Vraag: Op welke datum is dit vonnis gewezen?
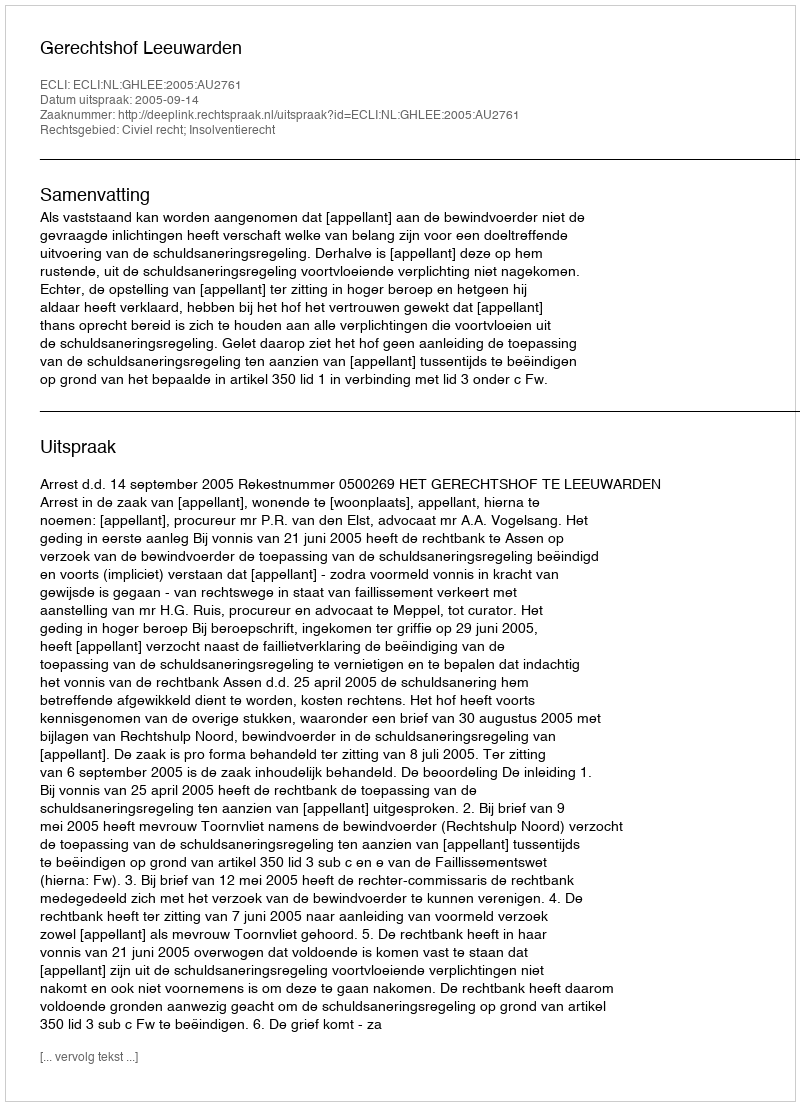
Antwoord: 2005-09-14